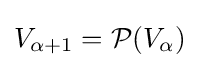
V_{\alpha +1}={\mathcal {P}}(V_{\alpha })